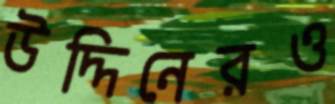
উদ্দিনেরও